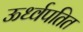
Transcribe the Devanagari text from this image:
ऊर्ध्वपतित